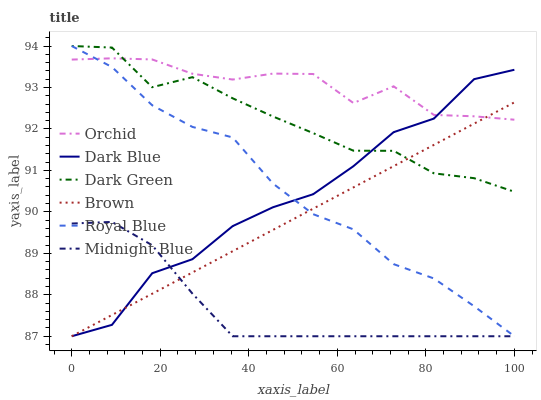
| xaxis_label | Orchid | Dark Blue | Dark Green | Brown | Royal Blue | Midnight Blue |
 | --- | --- | --- | --- | --- | --- | --- |
 | 0 | 93.7 | 87 | 94 | 87 | 94 | 89.7 |
 | 9.09 | 93.7 | 87.3 | 94 | 87.5 | 93.5 | 89.8 |
 | 18.2 | 93.7 | 88.5 | 93 | 88 | 92.6 | 89.2 |
 | 27.3 | 93.3 | 88.9 | 93.2 | 88.5 | 92 | 88 |
 | 36.4 | 93.2 | 89.7 | 92.7 | 89.1 | 91.8 | 87 |
 | 45.5 | 93.3 | 90.1 | 92.3 | 89.6 | 90.7 | 87 |
 | 54.5 | 93.3 | 90.4 | 91.9 | 90.1 | 89.9 | 87 |
 | 63.6 | 92.6 | 91.1 | 91.5 | 90.6 | 89.6 | 87 |
 | 72.7 | 93 | 91.9 | 91.5 | 91.1 | 88.7 | 87 |
 | 81.8 | 92.3 | 92.2 | 90.9 | 91.6 | 88.4 | 87 |
 | 90.9 | 92.3 | 93.2 | 90.8 | 92.1 | 87.7 | 87 |
 | 100 | 92.2 | 93.4 | 90.5 | 92.6 | 87 | 87 |